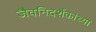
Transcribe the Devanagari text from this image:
जैवनिदर्शकांच्या